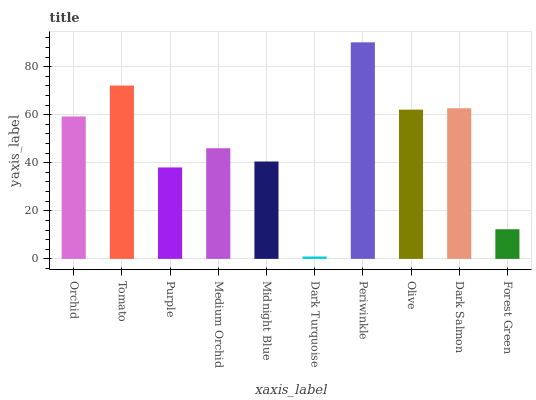
| xaxis_label | bars |
 | --- | --- |
 | Orchid | 59.3 |
 | Tomato | 72.1 |
 | Purple | 38.1 |
 | Medium Orchid | 46.1 |
 | Midnight Blue | 40.5 |
 | Dark Turquoise | 0.984 |
 | Periwinkle | 90.1 |
 | Olive | 62.1 |
 | Dark Salmon | 62.7 |
 | Forest Green | 12.3 |